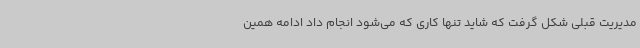
مدیریت قبلی شکل گرفت که شاید تنها کاری که می‌شود انجام داد ادامه همین